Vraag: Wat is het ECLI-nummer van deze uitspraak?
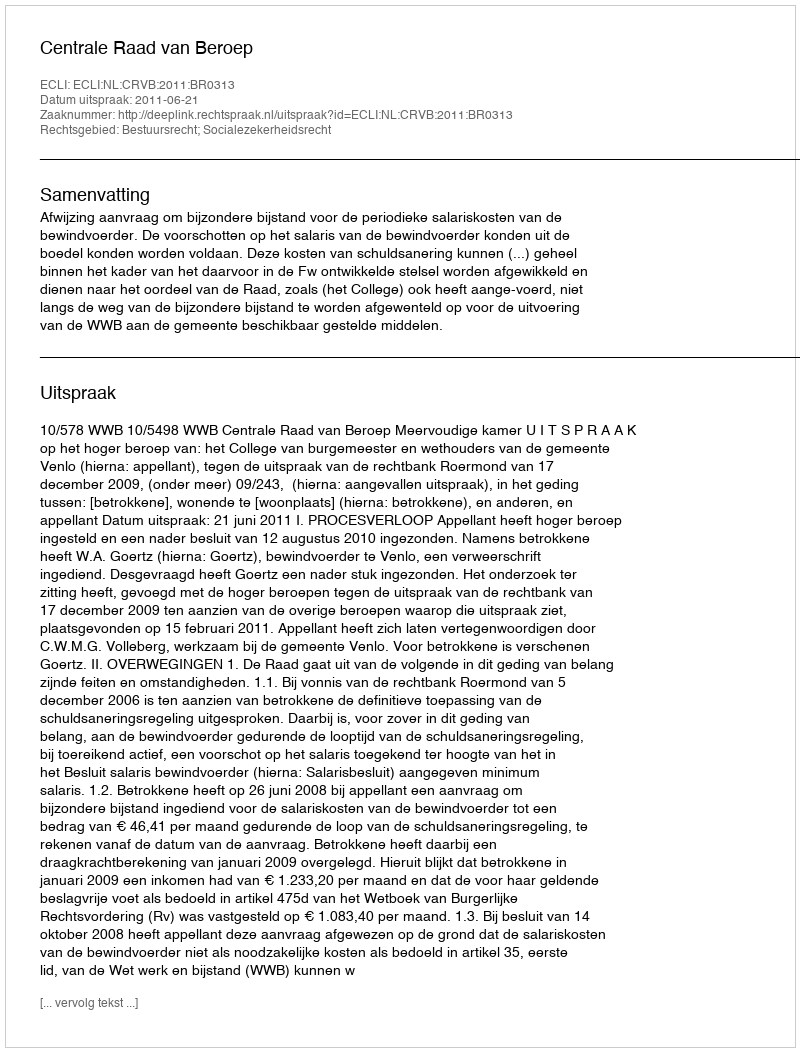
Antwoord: ECLI:NL:CRVB:2011:BR0313